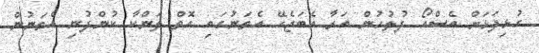
ގުޅިފަޅަށް އެސްއޯ ފުލުހުން އަރާ އެބަޖެހޭ އެތަނުގައި އޮތް ލަންކާ ކުންފުނި އެތަނުން